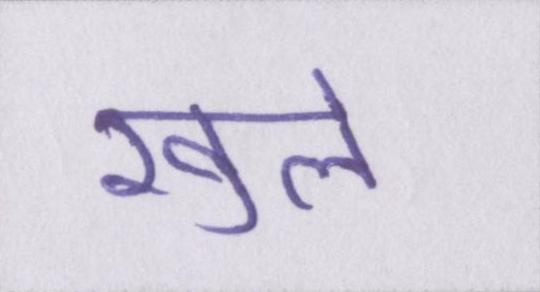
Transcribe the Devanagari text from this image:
खुले